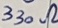
Text: 330Ω